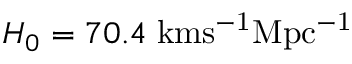
H _ { 0 } = 7 0 . 4 \; \mathrm { k m s ^ { - 1 } M p c ^ { - 1 } }